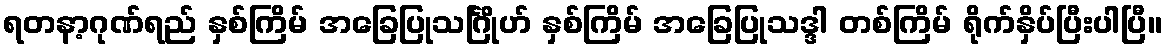
ရတနာ့ဂုဏ်ရည် နှစ်ကြိမ် အခြေပြုသင်္ဂြိုဟ် နှစ်ကြိမ် အခြေပြုသဒ္ဒါ တစ်ကြိမ် ရိုက်နှိပ်ပြီးပါပြီ။